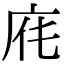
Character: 𢈄